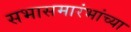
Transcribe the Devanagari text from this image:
सभासमारंभांच्या